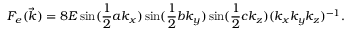
F _ { e } ( \vec { k } ) = 8 E \sin ( \frac { 1 } { 2 } a k _ { x } ) \sin ( \frac { 1 } { 2 } b k _ { y } ) \sin ( \frac { 1 } { 2 } c k _ { z } ) ( k _ { x } k _ { y } k _ { z } ) ^ { - 1 } .